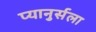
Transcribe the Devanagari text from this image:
प्यानुर्सला